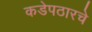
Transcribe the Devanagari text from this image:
कडेपठारचे